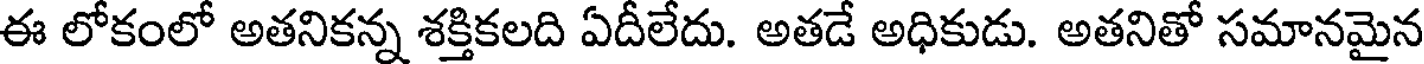
ఈ లోకంలో అతనికన్న శక్తికలది ఏదీలేదు. అతడే అధికుడు. అతనితో సమానమైన